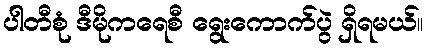
ပါတီစုံ ဒီမိုကရေစီ ရွေးကောက်ပွဲ ရှိရမယ်။